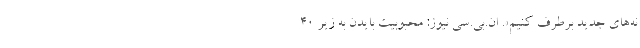
نه‌های جدید برطرف کنیم». ان‌.بی‌.سی نیوز: محبوبیت بایدن به زیر ۴۰